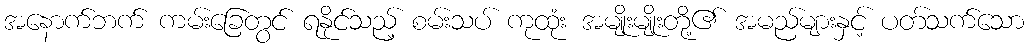
အနောက်ဘက် ကမ်းခြေတွင် ရနိုင်သည့် စမ်းသပ် ကုထုံး အမျိုးမျိုးတို့၏ အမည်များနှင့် ပတ်သက်သော